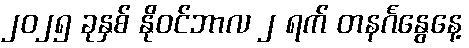
၂၀၂၅ ခုနှစ် နိုဝင်ဘာလ ၂ ရက် တနင်္ဂနွေနေ့